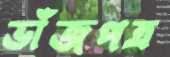
ভাঁজপত্র